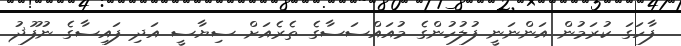
ފާހަގަ ކުރަމުން އަންނަނީ ފުލުހުންގެ މުއައްސަސާގެ ތެރެއަށް ސިޔާސީ އަދި ފައިސާގެ ނުފޫޛު